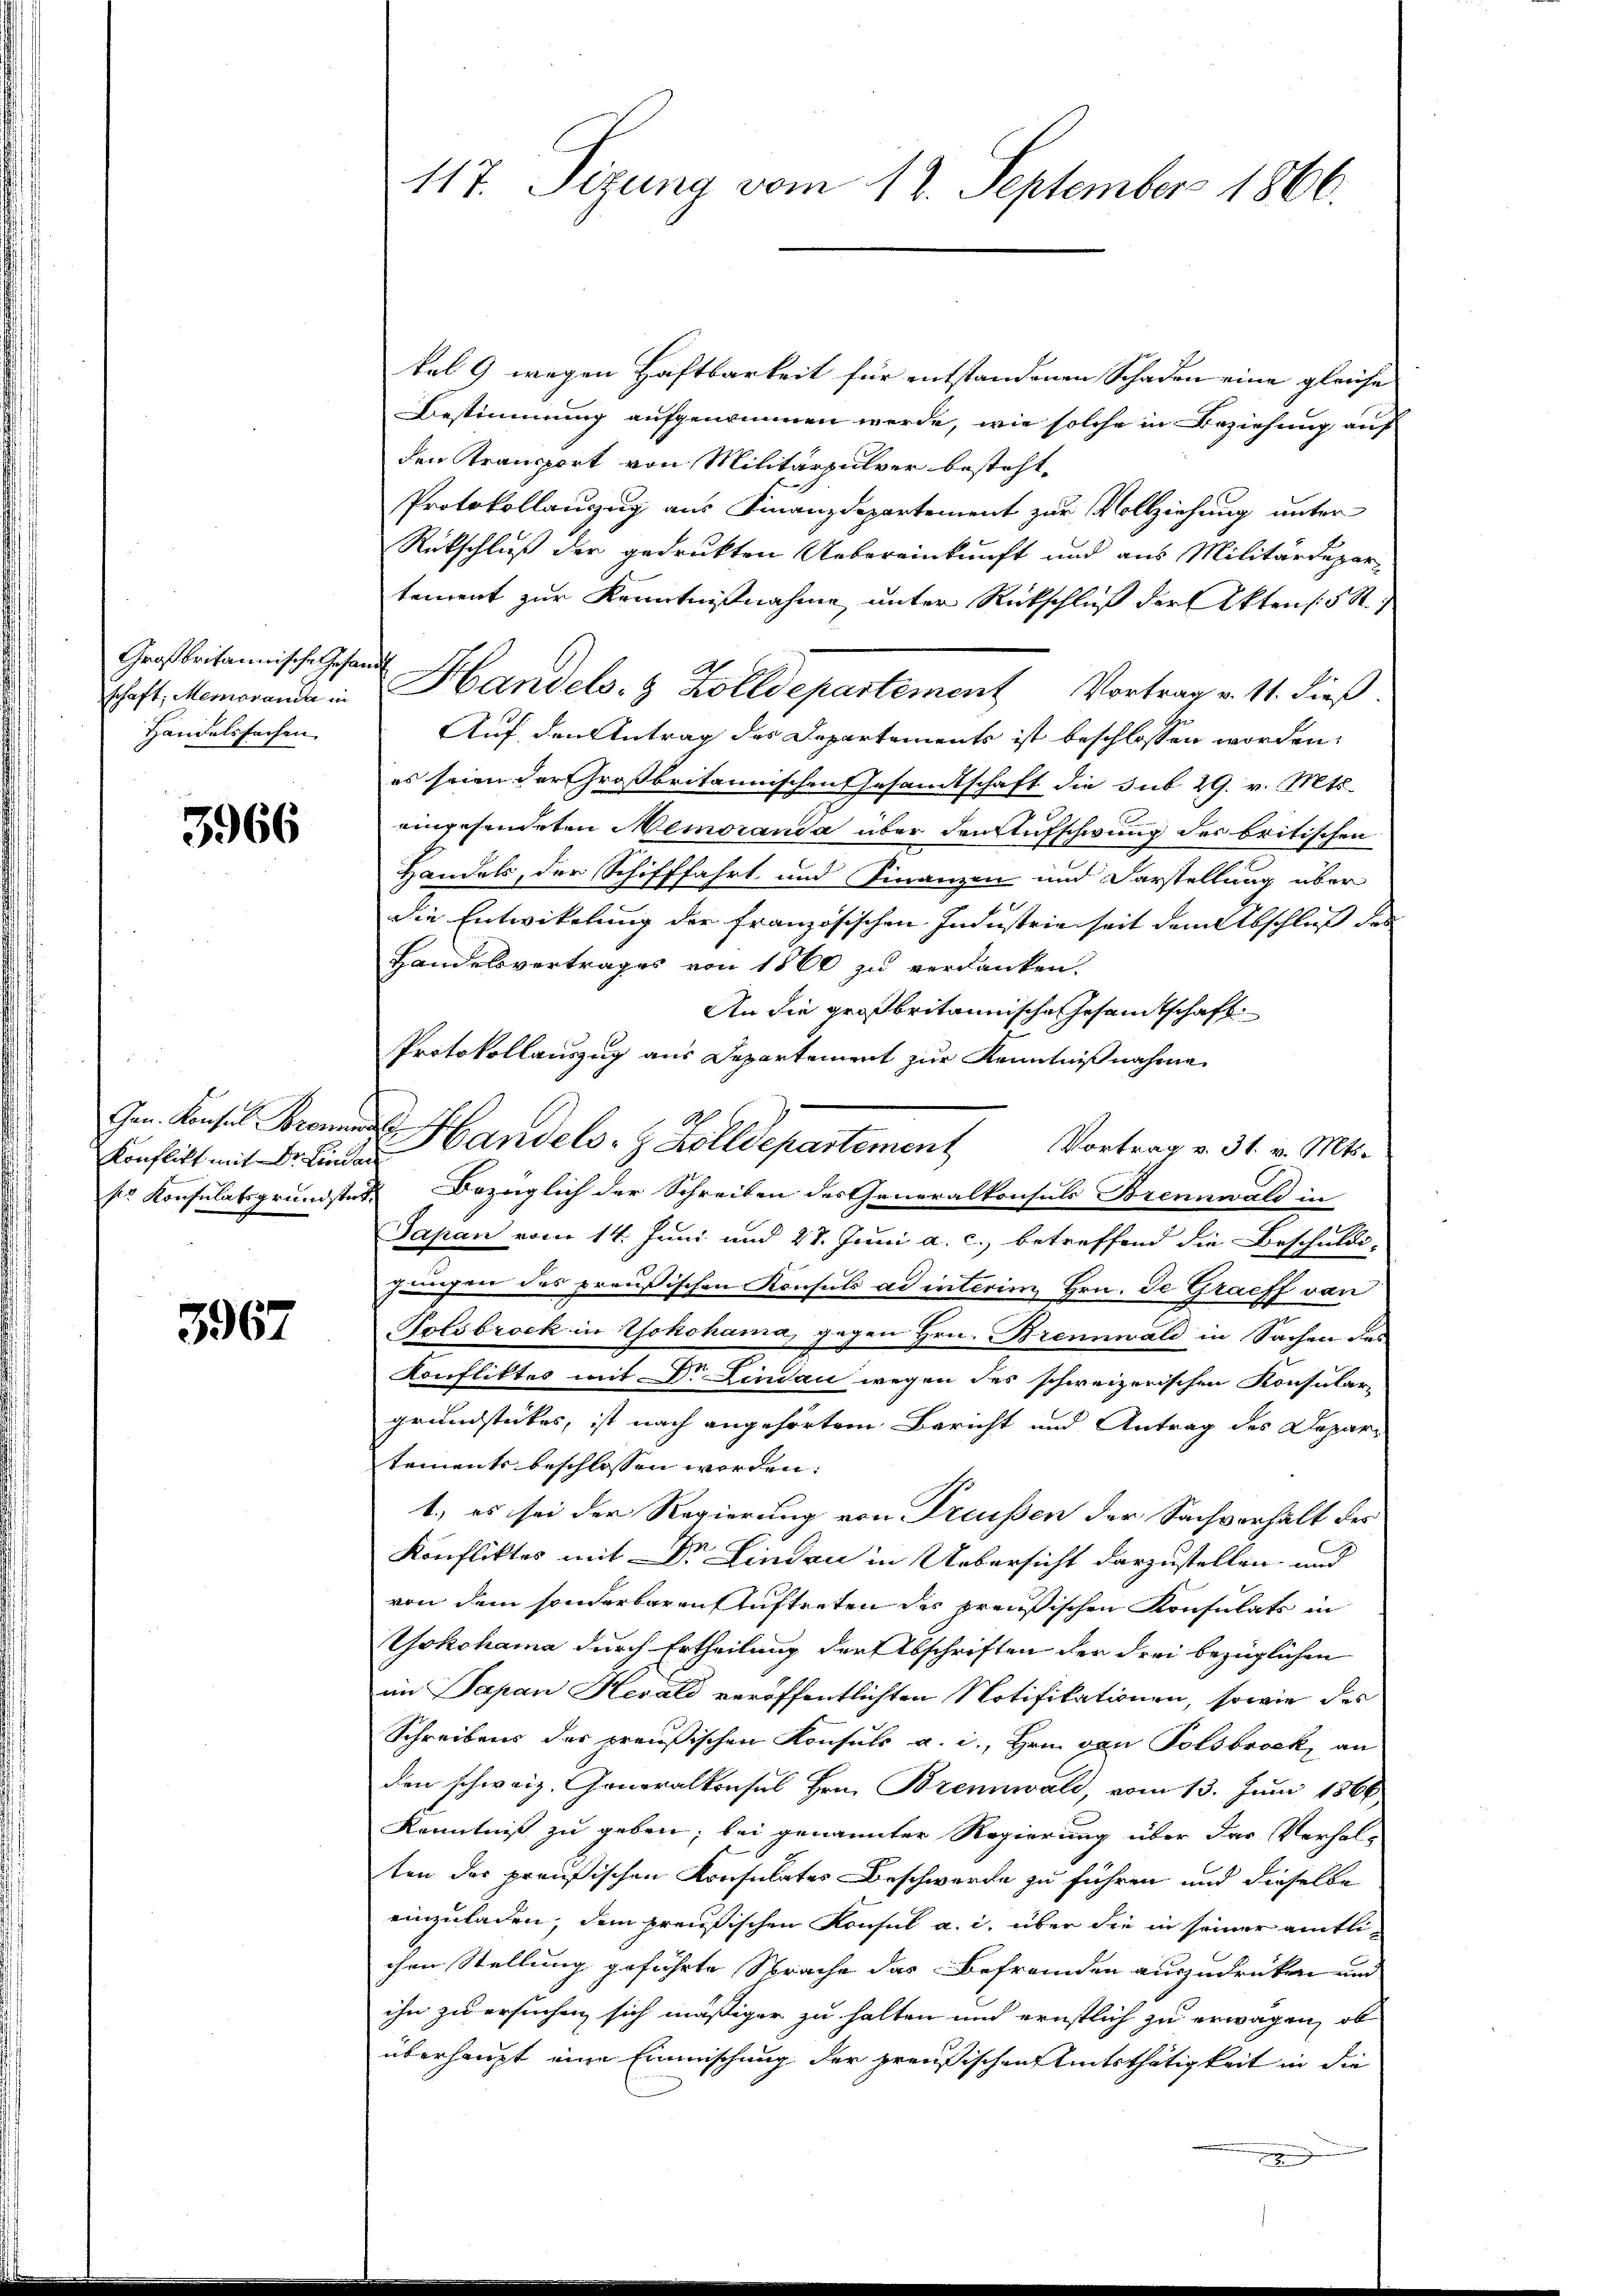
Großbritannische Gesandt
schaft; Memoranda in
Handelsfachen

3966

Konflikt mit Dr. Lindau

3967

117. Sizung vom 12. September 1866.

kel 9 wegen Haftbarkeit für entstandenen Schaden eine gleiche
Bestimmung aufgenommen werde, wie solche in Beziehung auf
den Kransport von Militärpulver besteht,
Protokollauszug aus Finanzdepartement zur Vollziehung unter
Rückschluß der gedrukten Uebereinkunft und aus Militärdepar-
tement zur Kenntnißnahme unter Rückschluß der Aktens: 5 R.
Handels- & Zolldepartement Vortrag v. 11. dieß.
Auf den Antrag des Departements ist beschlossen worden.
es seien der Großbritannischen Gesamtschaft die sub 29. v. Mts.
eingesendeten Memoranda über den Aufschwung der britischen
Handels, der Schifffahrt und Finanzen und Darstellung über
die Entwickelung der französischen Industrieseit dem Abschluss der
Handelsvertrages von 1860 zu verdanken.
An die großbritannische Gesamtschaft
Protokollauszug aus Departement zur Kenntnißnahme
 Handel. Zolldepartemen Vortrag v. 31. v. Mts.
kr Konsulatsgrundstet Bezüglich der Schreiben des Generalkonsuls Brennwald in
Japan vom 14. Juni und 27. Juni a. c. betreffend die Beschuldi-
jungen des preußischen Konsuls ad interim, Hrn. Je Graeff von
Solsbrock in Yokohama, gegen Hrn. Brennwald in Sachen des
Konfliktes mit Dr. Lindau wegen des schweizerischen Konsular-
grundstückes, ist nach angehörtem Bericht und Antrag des Depar-
tements beschlossen worden:
1.) es sei der Regierung von Fressen der Sachverhalt der
Konfliktes mit Dr. Lindau in Uebersicht darzustellen und
von dem sonderbaren Auftreten des preußischen Konsulats in
Yokohama durch Ertheilung der Abschriften der drei bezüglichen
im Papan Herald veröffentlichten Notifikationen, sowie des
Schreibens des preußischen Konsuls a. c., Hrn. von Polsbrock, an
den schweiz. Generalkonsul Hrn. Brennwald, vom 13. Juni 1866
Kenntniß zu geben, bei genannter Regierung über das Verhal-
ten der preußischen Konsulates Beschwerde zu führen und dieselbe
einzuladen, dem preußischen Konsul a. i. über die in seiner amtlichen Stellung geführte Sprache das Befremden auszudrücken und
ihn zu ersuchen sich mäßiger zu halten und ernstlich zu erwagen, ob
überhaupt eine Einmischung der preußischen Amtsthätigkeit in die
.